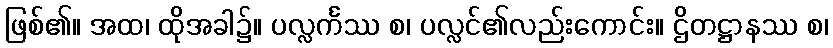
ဖြစ်၏။ အထ၊ ထိုအခါ၌။ ပလ္လင်္ကဿ စ၊ ပလ္လင်၏လည်းကောင်း။ ဌိတဋ္ဌာနဿ စ၊